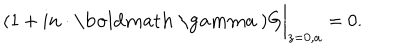
LaTeX: ( 1 + i { \bf n \cdot \mathrm { \boldmath ~ \ g a m m a ~ } } ) G \bigg | _ { z = 0 , a } = 0 .